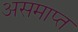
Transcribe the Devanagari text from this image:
असमाप्त